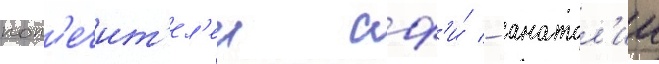
поп'ечит'ел'еи сф'и́ - анатол'ии